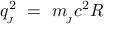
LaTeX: q _ { \! _ { J } } ^ { 2 } \ = \ m _ { \! _ { J } } c ^ { 2 } R